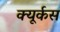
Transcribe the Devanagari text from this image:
क्यूर्कस